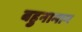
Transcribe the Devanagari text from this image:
बहुनामान